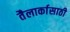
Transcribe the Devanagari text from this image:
तैलार्कासाठी